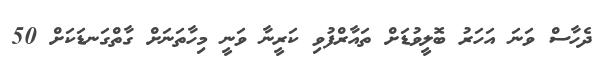
ދެހާސް ވަނަ އަހަރު ބޮލީވުޑަށް ތައާރްފުވި ކަރީނާ ވަނީ މިހާތަނަށް ގާތްގަނޑަކަށް 50